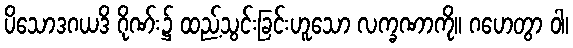
ပိသောဒဂယဒိ ဂိုဏ်း၌ ထည့်သွင်းခြင်းဟူသော လက္ခဏာကို။ ဂဟေတွာ ဝါ၊